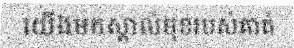
យើងមកស្គាល់មុខរបស់គាត់